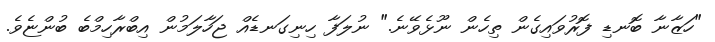
"ހަޒާނާ ބޮނޑި ފޮރުވައިގެން ތިހެން ނޫޅެވޭނެ." ނުލަފާ ހިނިގަނޑެއް ޖަހާލަމުން އިބްރާހިމްބެ ބުންޏެވެ.